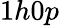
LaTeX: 1h0p